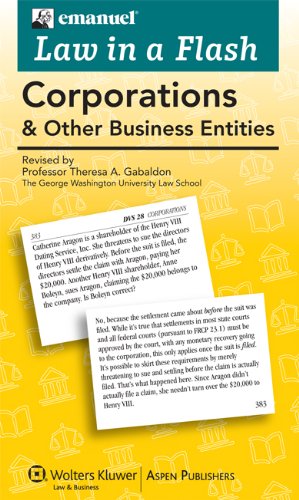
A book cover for Law in a Flash Cards: Corporations & Other Business Entities, 2013 Edition; Steven L. Emanuel; Law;